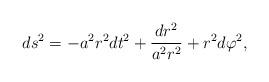
LaTeX: \begin{align*}ds^2 = - a^2 r^2 dt^2+ \frac{dr^2}{a^2 r^2}+ r^2 d\varphi^2,\end{align*}